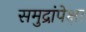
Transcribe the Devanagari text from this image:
समुद्रांपेक्षा